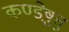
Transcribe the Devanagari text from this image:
कण्डेष़ुत्तु